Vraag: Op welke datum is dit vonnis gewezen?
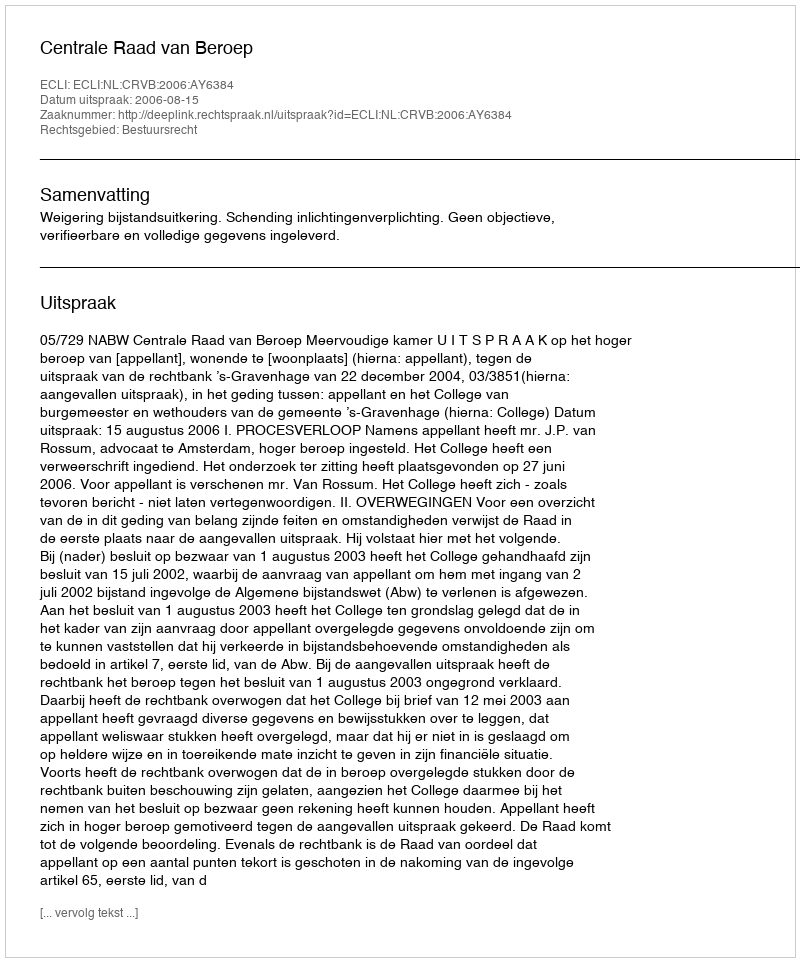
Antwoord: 2006-08-15